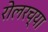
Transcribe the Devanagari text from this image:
रोलरच्या